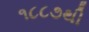
૧૮૮૭થી